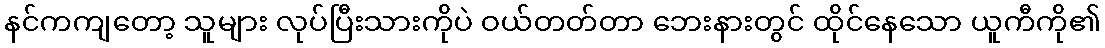
နင်ကကျတော့ သူများ လုပ်ပြီးသားကိုပဲ ဝယ်တတ်တာ ဘေးနားတွင် ထိုင်နေသော ယူကီကို၏